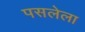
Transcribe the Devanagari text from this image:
पसलेला